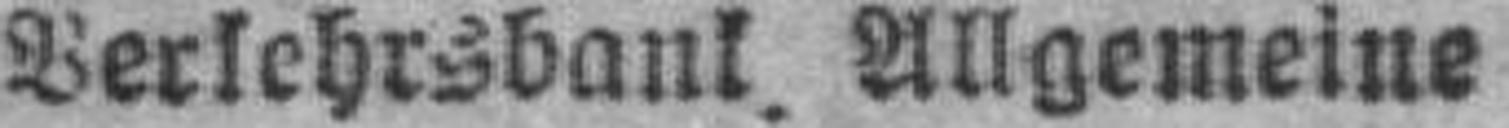
Verkehrsbank. Allgemeine